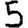
Digit: 5